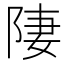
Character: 𨹷